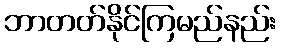
ဘာတတ်နိုင်ကြမည်နည်း